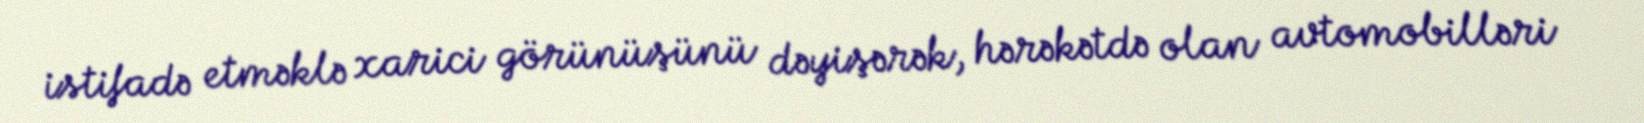
istifadə etməklə xarici görünüşünü dəyişərək, hərəkətdə olan avtomobilləri